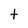
Character: t